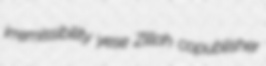
irremissibility yese Zillah copublisher